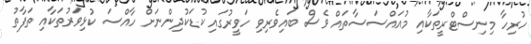
ހުރިހާ މިނިސްޓްރީތަކާއި މުއައްސަސާތައް ވެސް ބައިވެރިވި ހަވީރުގައި ކުޑަކުދިންނަށް ހާއްސަ ކުޅިވަރުތަކާއި ތަފާތު